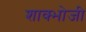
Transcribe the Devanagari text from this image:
शाक्भोजी